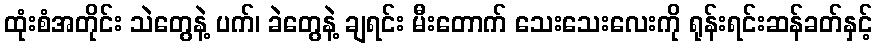
ထုံးစံအတိုင်း သဲတွေနဲ့ ပက်၊ ခဲတွေနဲ့ ချရင်း မီးတောက် သေးသေးလေးကို ရုန်းရင်းဆန်ခတ်နှင့်